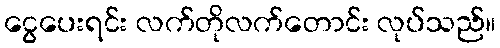
ငွေပေးရင်း လက်တိုလက်တောင်း လုပ်သည်။